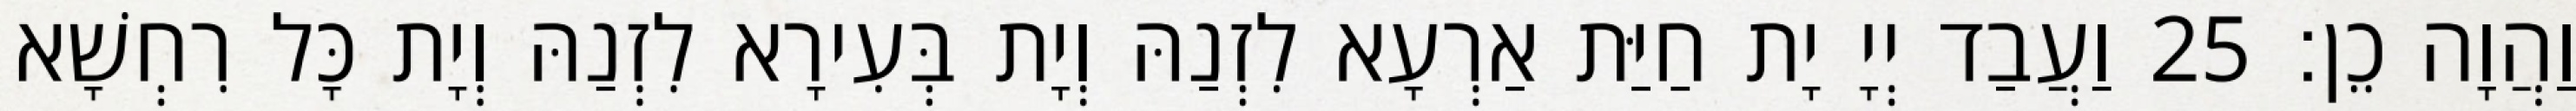
וַהֲוָה כֵן׃ 25 וַעֲבַד יְיָ יָת חַיַּת אַרְעָא לִזְנַהּ וְיָת בְּעִירָא לִזְנַהּ וְיָת כָּל רִחְשָׁא